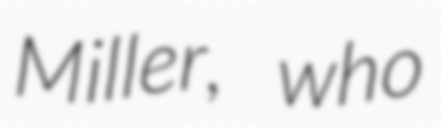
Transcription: Miller, who